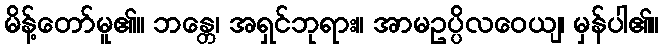
မိန့်တော်မူ၏။ ဘန္တေ၊ အရှင်ဘုရား။ အာမဥပ္ပိလဝေယျ၊ မှန်ပါ၏။